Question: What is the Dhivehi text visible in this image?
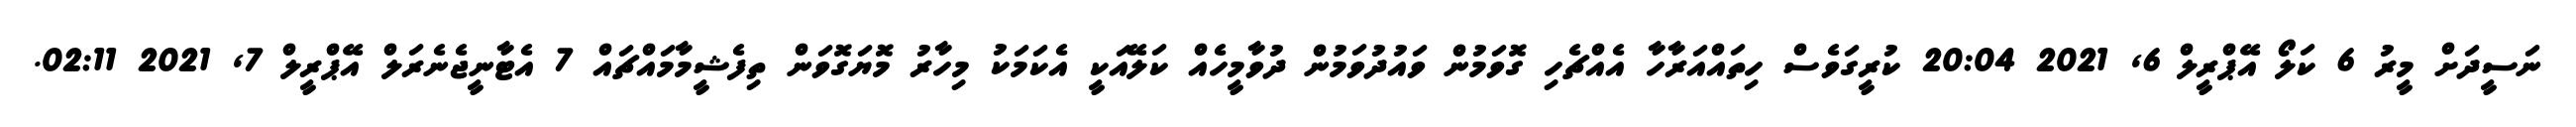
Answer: ނަސީދަށް މީރު 6 ކަލޯ އޭޕްރީލް 6, 2021 20:04 ކުރީގަވެސް ހިތައްއަރާހާ އެއްޗެހި ގޮވަމުން ވައުދުވަމުން ދުވާމީހެއް ކަލޭއަކީ އެކަމަކު މިހާރު މޮޔަގޮވަން ތިފެޝީމާމައްޗައް 7 އެޓާނީޖެނެރަލް އޭޕްރީލް 7, 2021 02:11.